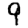
Digit: 9